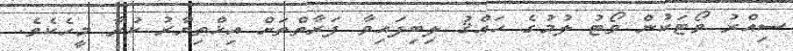
ސިއްރު ވޯޓަކުން ވޯޓު ލުމުގެ ހައްޤު ލިބިފައިވާ ފަރާތްތަށް އިޚްތިޔާރު ކުރާ މީހެކެވެ.